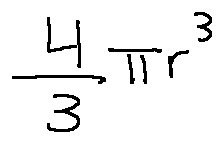
\frac { 4 } { 3 } \pi r ^ { 3 }